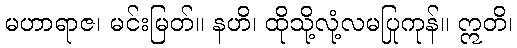
မဟာရာဇ၊ မင်းမြတ်။ နဟိ၊ ထိုသို့လုံ့လမပြုကုန်။ ဣတိ၊